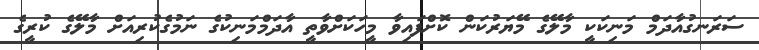
ސަރަނގުއާދަމް މަނިކަކީ މާލޭގެ މޭޔަރުކަން ކޮށްފައިވާ މީހަކަށްވާތީ އާދަމްމަނިކުގެ ނަމުގެކުރިއަށް މާލޭގެ ކުރީގެ